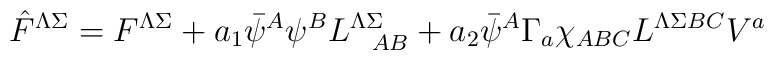
\hat F^{\Lambda\Sigma} = F^{\Lambda\Sigma} +a_1 \bar \psi^A \psi ^B L^{\Lambda\Sigma}_{\ \ AB}+ a_2 \bar \psi^A\Gamma_a \chi_{ABC}L^{\Lambda\Sigma BC} V^a